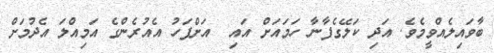
ބާވައިލެއްވީމެވެ. އަދި ކަލޭގެފާނާ ހަމައަށް އައި  އަށްފަހު އެއުރެންގެ އަމިއްލަ އެދުމަށް